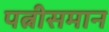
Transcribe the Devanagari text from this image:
पत्नीसमान